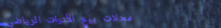
محلات بيع الأدوات الرياضي